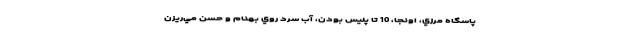
پاسگاه مرزي، اونجا، 10 تا پليس بودن، آب سرد روي بهنام و حسن مي‌ريزن